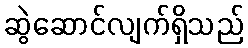
ဆွဲဆောင်လျက်ရှိသည်